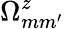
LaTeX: \Omega_{mm^{\prime}}^{z}